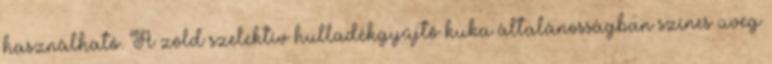
használható. A zöld szelektív hulladékgyűjtő kuka általánosságban színes üveg